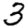
Digit: 3